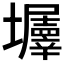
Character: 𡓹